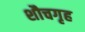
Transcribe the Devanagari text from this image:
शौचगृह